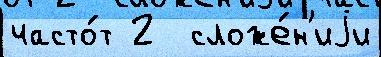
часто́т 2  сложе́н'иjи